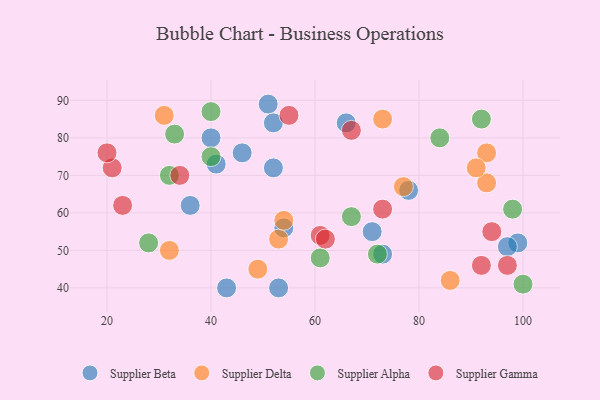
{"axis": {"x": "GDP", "y": "Life Expectancy"}, "legend": ["Supplier Alpha", "Supplier Beta", "Supplier Delta", "Supplier Gamma"], "data": [{"x": "41", "y": 73, "type": "Supplier Beta"}, {"x": "52", "y": 72, "type": "Supplier Beta"}, {"x": "46", "y": 76, "type": "Supplier Beta"}, {"x": "71", "y": 55, "type": "Supplier Beta"}, {"x": "51", "y": 89, "type": "Supplier Beta"}, {"x": "54", "y": 56, "type": "Supplier Beta"}, {"x": "73", "y": 49, "type": "Supplier Beta"}, {"x": "43", "y": 40, "type": "Supplier Beta"}, {"x": "78", "y": 66, "type": "Supplier Beta"}, {"x": "52", "y": 84, "type": "Supplier Beta"}, {"x": "53", "y": 40, "type": "Supplier Beta"}, {"x": "66", "y": 84, "type": "Supplier Beta"}, {"x": "99", "y": 52, "type": "Supplier Beta"}, {"x": "40", "y": 80, "type": "Supplier Beta"}, {"x": "97", "y": 51, "type": "Supplier Beta"}, {"x": "36", "y": 62, "type": "Supplier Beta"}, {"x": "93", "y": 76, "type": "Supplier Delta"}, {"x": "93", "y": 68, "type": "Supplier Delta"}, {"x": "53", "y": 53, "type": "Supplier Delta"}, {"x": "54", "y": 58, "type": "Supplier Delta"}, {"x": "73", "y": 85, "type": "Supplier Delta"}, {"x": "32", "y": 50, "type": "Supplier Delta"}, {"x": "49", "y": 45, "type": "Supplier Delta"}, {"x": "86", "y": 42, "type": "Supplier Delta"}, {"x": "91", "y": 72, "type": "Supplier Delta"}, {"x": "31", "y": 86, "type": "Supplier Delta"}, {"x": "77", "y": 67, "type": "Supplier Delta"}, {"x": "67", "y": 59, "type": "Supplier Alpha"}, {"x": "92", "y": 85, "type": "Supplier Alpha"}, {"x": "33", "y": 81, "type": "Supplier Alpha"}, {"x": "40", "y": 75, "type": "Supplier Alpha"}, {"x": "84", "y": 80, "type": "Supplier Alpha"}, {"x": "100", "y": 41, "type": "Supplier Alpha"}, {"x": "72", "y": 49, "type": "Supplier Alpha"}, {"x": "98", "y": 61, "type": "Supplier Alpha"}, {"x": "40", "y": 87, "type": "Supplier Alpha"}, {"x": "28", "y": 52, "type": "Supplier Alpha"}, {"x": "61", "y": 48, "type": "Supplier Alpha"}, {"x": "32", "y": 70, "type": "Supplier Alpha"}, {"x": "73", "y": 61, "type": "Supplier Gamma"}, {"x": "21", "y": 72, "type": "Supplier Gamma"}, {"x": "92", "y": 46, "type": "Supplier Gamma"}, {"x": "61", "y": 54, "type": "Supplier Gamma"}, {"x": "55", "y": 86, "type": "Supplier Gamma"}, {"x": "97", "y": 46, "type": "Supplier Gamma"}, {"x": "34", "y": 70, "type": "Supplier Gamma"}, {"x": "23", "y": 62, "type": "Supplier Gamma"}, {"x": "20", "y": 76, "type": "Supplier Gamma"}, {"x": "67", "y": 82, "type": "Supplier Gamma"}, {"x": "94", "y": 55, "type": "Supplier Gamma"}, {"x": "62", "y": 53, "type": "Supplier Gamma"}]}